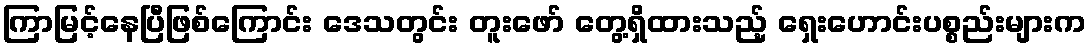
ကြာမြင့်နေပြီဖြစ်ကြောင်း ဒေသတွင်း တူးဖော် တွေ့ရှိထားသည့် ရှေးဟောင်းပစ္စည်းများက